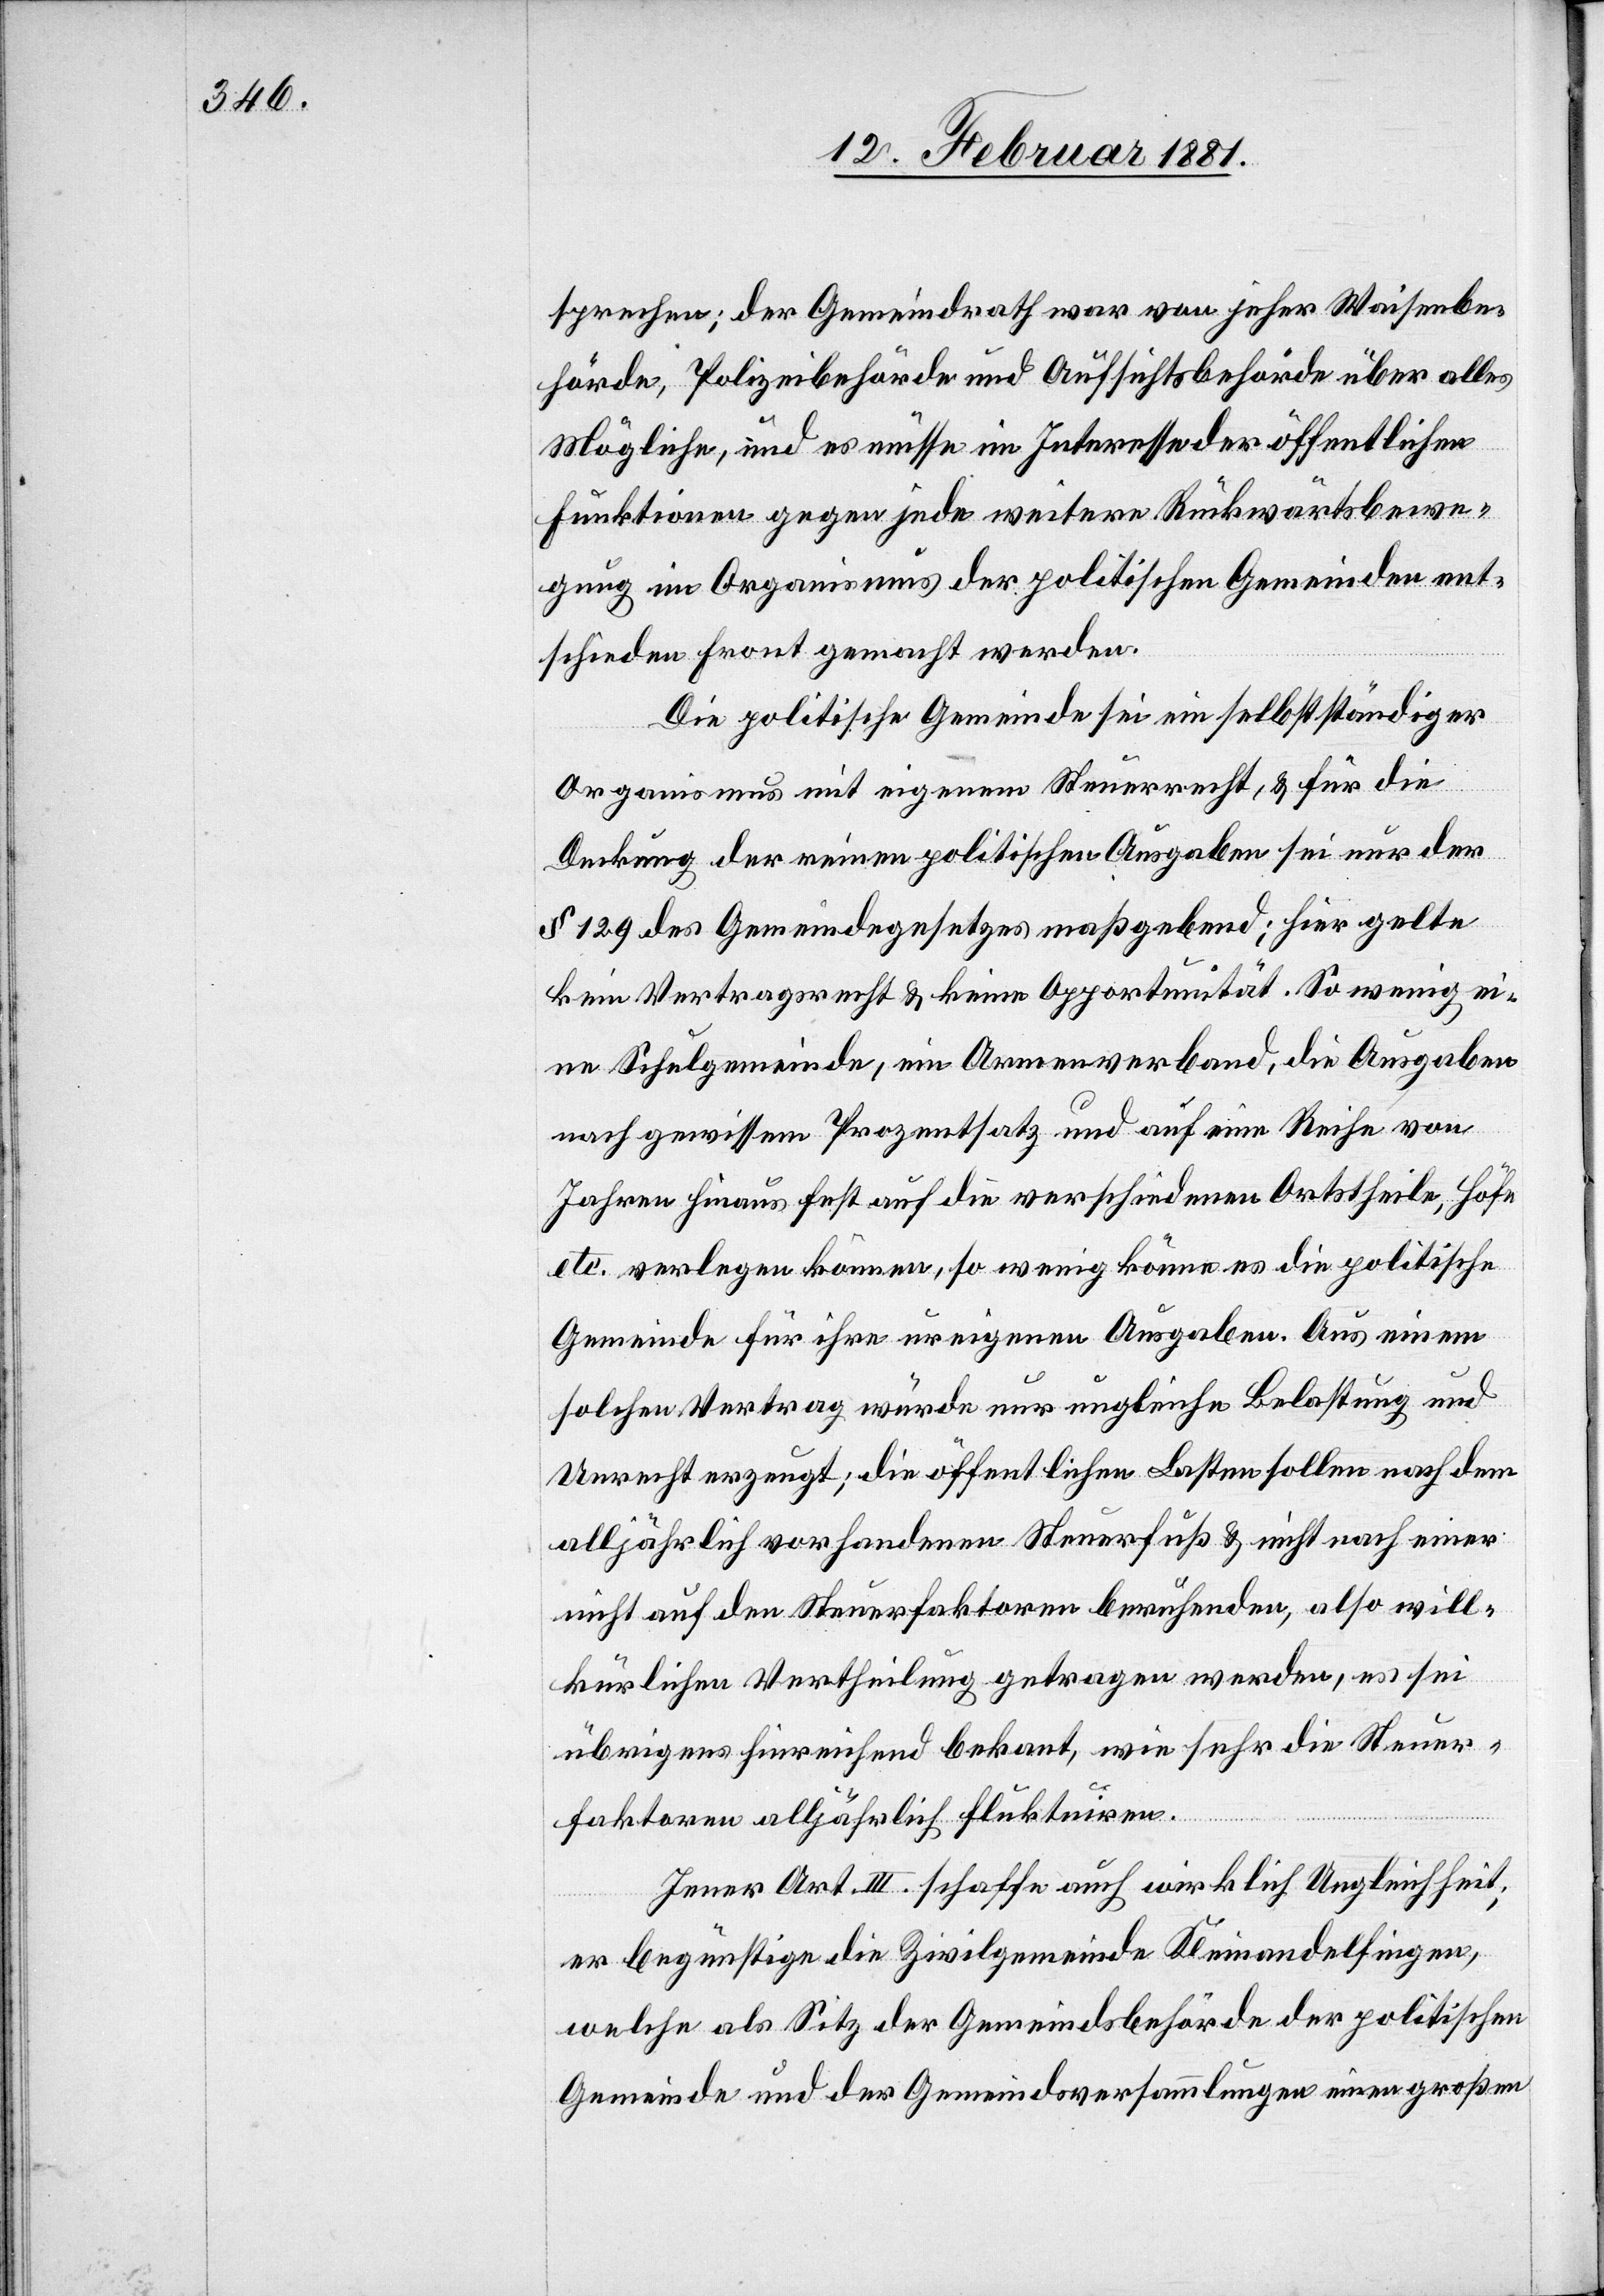
sprechen; der Gemeindrath war von jeher Waisenbe¬
hörde, Polizeibehörde und Aufsichtsbehörde über alles
Mögliche, und es müsse im Interesse der öffentlichen
Funktionen gegen jede weitere Rückwärtsbewe¬
gung im Organismus der politischen Gemeinden ent¬
schieden Front gemacht werden.
Die politische Gemeinde sei ein selbstständiger
Organismus mit eigenem Steuerrecht, & für die
Deckung der reinen politischen Ausgaben sei nur der
§ 129 des Gemeindegesetzes maßgebend; hier gelte
kein Vertragsrecht & keine Opportunität. So wenig ei¬
ne Schulgemeinde, ein Armenverband, die Ausgaben
nach gewissen Prozentsatz und auf eine Reihe von
Jahren hinaus fest auf die verschiedenen Ortstheile, Höfe
etc. verlegen können, so wenig könne es die politische
Gemeinde für ihre ureigenen Ausgaben. Aus einem
solchen Vertrag würde nur ungleiche Belastung und
Unrecht erzeugt; die öffentlichen Lasten sollen nach dem
alljährlich vorhandenen Steuerfuß & nicht nach einer
nicht auf den Steuerfaktoren beruhenden, also will¬
kürlichen Vertheilung getragen werden, es sei
übrigens hinreichend bekan[n]t, wie sehr die Steuer¬
faktoren alljährlich fluktuiren.
Jener Art. III. schaffe auch wirklich Ungleichheit;
er begünstige die Zivilgemeinde Kleinandelfingen,
welche als Sitz der Gemeindsbehörde der politischen
Gemeinde und der Gemeindsversammlungen einen großen